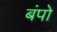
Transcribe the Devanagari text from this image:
बंपो